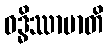
ဝဒ္ဓိဿာမာတိ